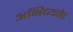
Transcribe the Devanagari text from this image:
अभिव्यक्ते